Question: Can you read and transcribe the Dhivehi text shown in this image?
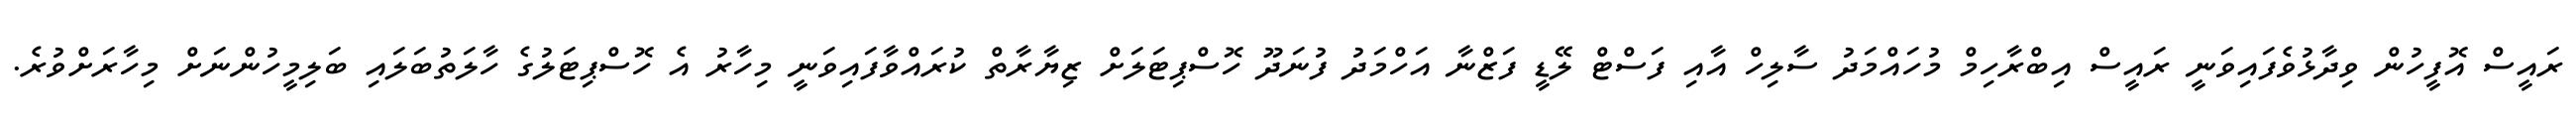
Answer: ރައީސް އޮފީހުން ވިދާޅުވެފައިވަނީ ރައީސް އިބްރާހިމް މުހައްމަދު ސާލިހް އާއި ފަސްޓް ލޭޑީ ފަޒްނާ އަހްމަދު ފުނަދޫ ހޮސްޕިޓަލަށް ޒިޔާރާތް ކުރައްވާފައިވަނީ މިހާރު އެ ހޮސްޕިޓަލުގެ ހާލަތުބަލައި ބަލިމީހުންނަށް މިހާރަށްވުރެ.